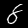
Digit: 8